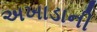
અખાડાની